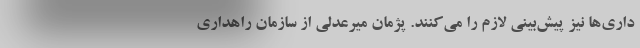
داری‌ها نیز پیش‌بینی لازم را می‌کنند. پژمان میرعدلی از سازمان راهداری